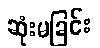
ဆုံးမခြင်း